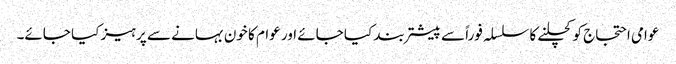
عوامی احتجاج کو کچلنے کا سلسلہ فوراً سے پیشتر بند کیا جائے اور عوام کا خون بہانے سے پرہیز کیا جائے۔